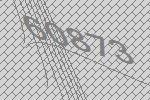
60873